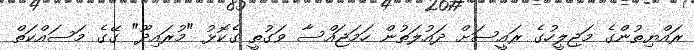
ރައްޔިތުންގެ މަޖިލީހުގެ ރައީސަށް ދައުލަތުން ހަމަޖައްސާ ވަގުތީ ގެކޮޅު "މުރައިދޫ" ގޭގެ މަސައްކަތް